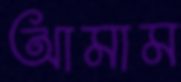
আমাম